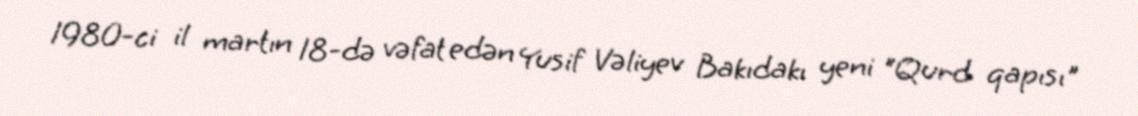
1980-ci il martın 18-də vəfat edən Yusif Vəliyev Bakıdakı yeni "Qurd qapısı"